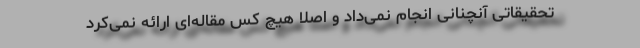
تحقیقاتی آنچنانی انجام نمی‌داد و اصلاً هیچ کس مقاله‌ای ارائه نمی‌کرد